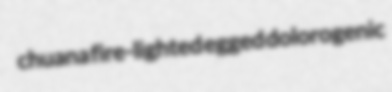
chuana fire-lighted egged dolorogenic